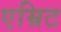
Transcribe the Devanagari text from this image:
एम्रिट